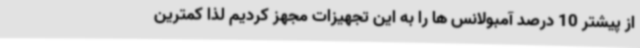
از پیشتر 10 درصد آمبولانس ها را به این تجهیزات مجهز کردیم لذا کمترین